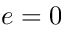
e = 0